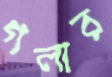
গলার